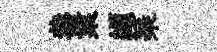
恭業纈琹